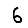
Digit: 6